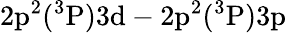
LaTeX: \mathrm{2p^{2}(^{3}P)3d-2p^{2}(^{3}P)3p}